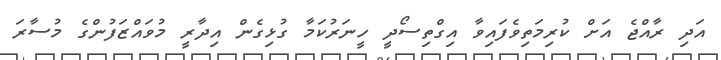
އަދި ރާއްޖެ އަށް ކުރިމަތިވެފައިވާ އިގްތިސޯދީ ހީނަރުކަމާ ގުޅިގެން އިދާރީ މުވައްޒަފުންގެ މުސާރަ